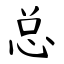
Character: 总